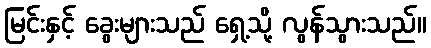
မြင်းနှင့် ခွေးများသည် ရှေ့သို့ လွန်သွားသည်။